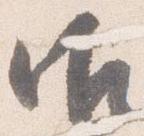
御